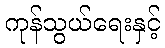
ကုန်သွယ်ရေးနှင့်